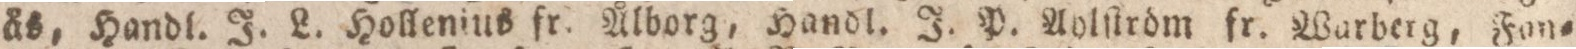
ås, Handl. J. L. Hollenius fr. Ålborg, Handl. J. P. Aolſtröm fr. Warberg, Fan=